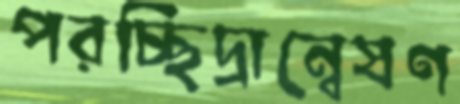
পরচ্ছিদ্রান্বেষণ